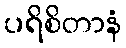
ပရိစိတာနံ